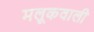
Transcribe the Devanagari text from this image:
मलूकवाली